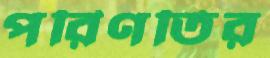
পরিণতির